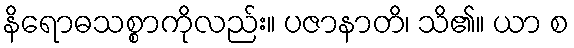
နိရောဓသစ္စာကိုလည်း။ ပဇာနာတိ၊ သိ၏။ ယာ စ